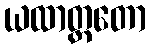
ယထာတ္ထတော